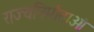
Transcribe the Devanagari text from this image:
राज्यनिर्माताओं